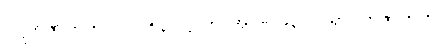
ဝဋ္ဋကဇာတက၊ ပါ-၁၅၃၊ ဋ္ဌ-တ-အုပ်-၂၉၃။ ပါရာဝတဇာတက၊